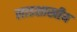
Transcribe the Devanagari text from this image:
लाडशाखीय